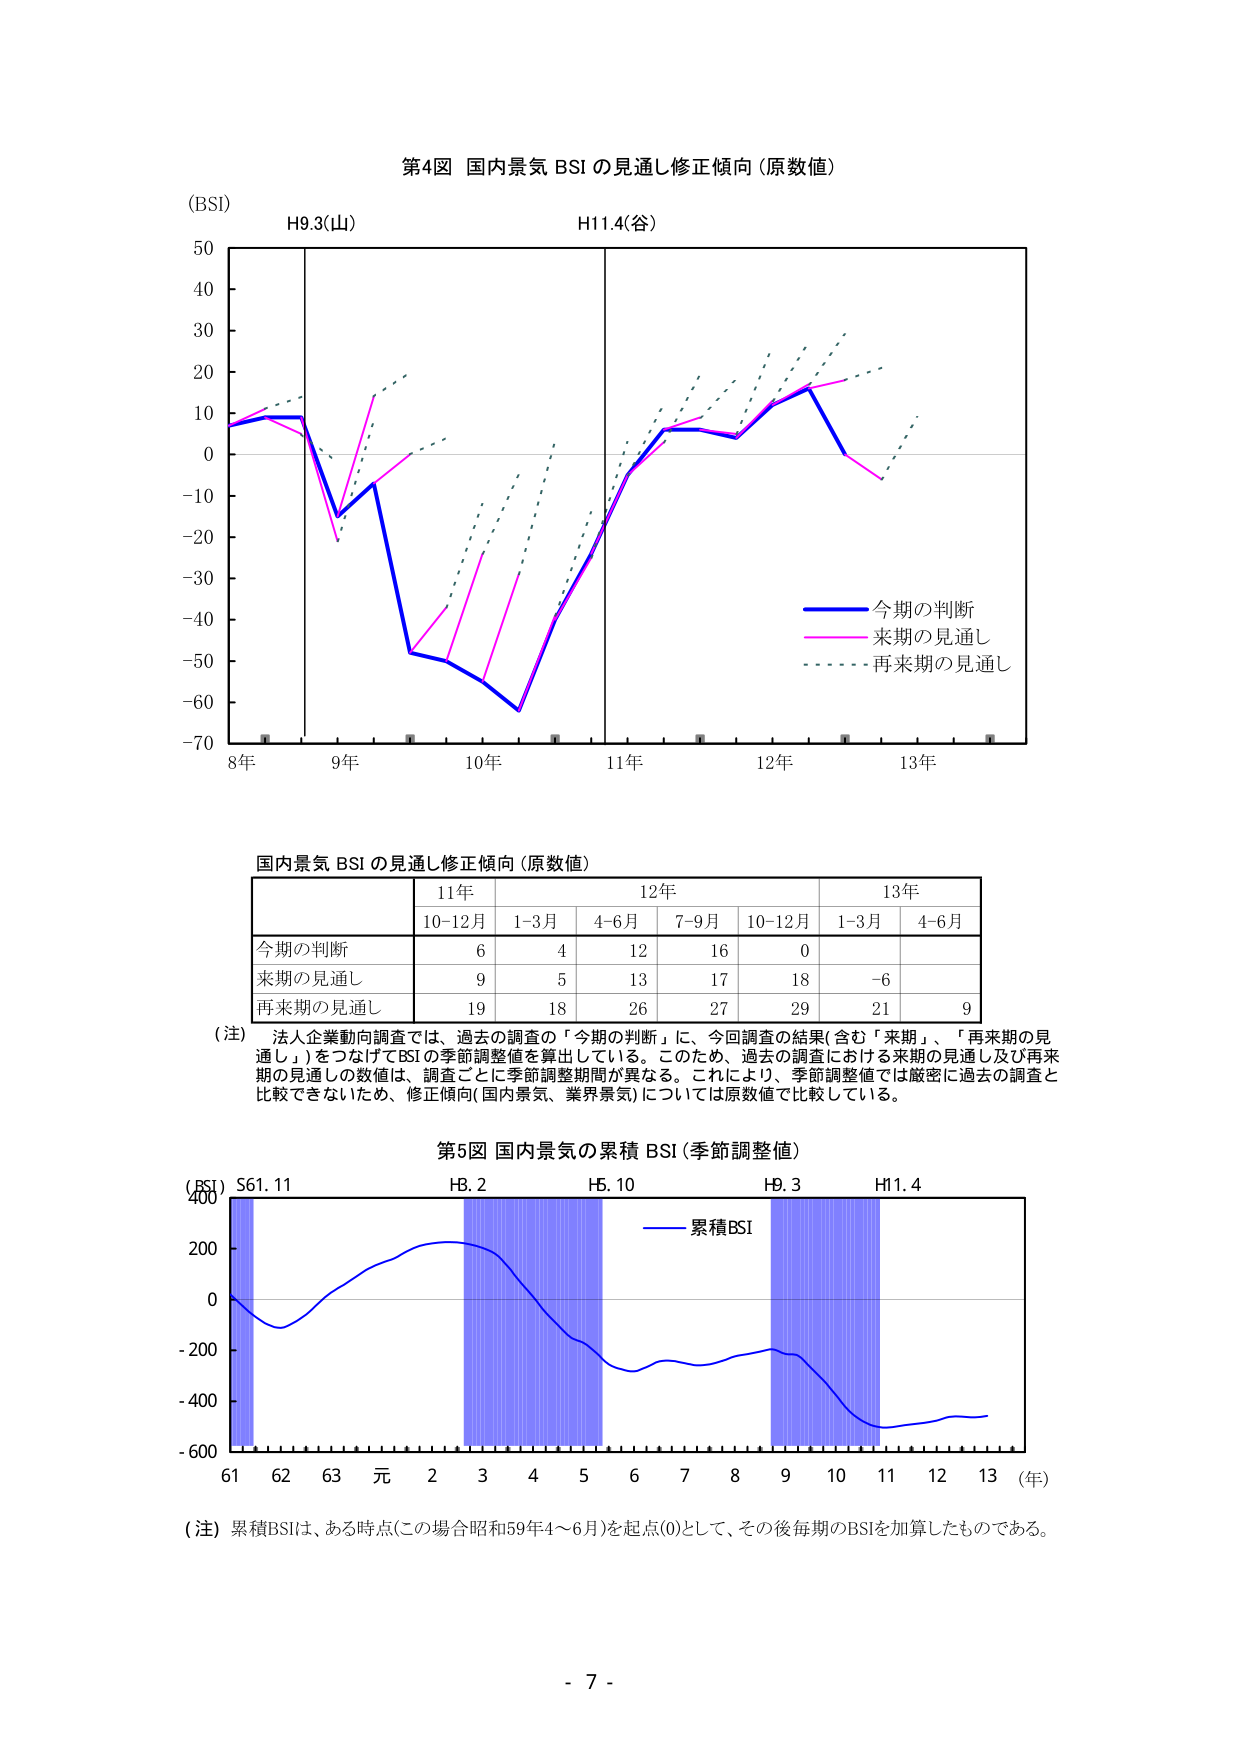
第4図 国内景気 BSI の見通し修正傾向（原数値）

(BSI)

H9.3(山)
H11.4(谷)

50
40
30
20
10
0
-10
-20
-30
-40
-50
-60
-70

8年 9年 10年 11年 12年 13年

今期の判断
来期の見通し
再来期の見通し

国内景気 BSI の見通し修正傾向（原数値）

| | 11年 | 12年 | 13年 |
|---|---|---|---|
| | 10-12月 | 1-3月 | 4-6月 | 7-9月 | 10-12月 | 1-3月 | 4-6月 |
| 今期の判断 | 6 | 4 | 12 | 16 | 0 | | |
| 来期の見通し | 9 | 5 | 13 | 17 | 18 | -6 | |
| 再来期の見通し | 19 | 18 | 26 | 27 | 29 | 21 | 9 |

（注）法人企業動向調査では、過去の調査の「今期の判断」に、今回調査の結果（含む「来期」、「再来期の見通し」）をつなげてBSIの季節調整値を算出している。このため、過去の調査における来期の見通し及び再来期の見通しの数値は、調査ごとに季節調整期間が異なる。これにより、季節調整値では厳密に過去の調査と比較できないため、修正傾向（国内景気、業界景気）については原数値で比較している。

第5図 国内景気の累積 BSI（季節調整値）

(BSI) S61.11
H8.2
H5.10
H9.3
H11.4

400
200
0
-200
-400
-600

61 62 63 元 2 3 4 5 6 7 8 9 10 11 12 13 （年）

累積BSI

（注）累積BSIは、ある時点（この場合昭和59年4～6月）を起点(0)として、その後毎期のBSIを加算したものである。

- 7 -